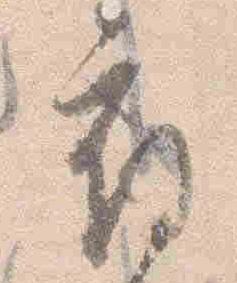
府